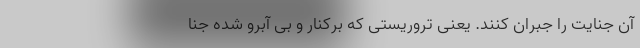
آن جنایت را جبران کنند. یعنی تروریستی که برکنار و بی آبرو شده جنا